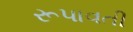
રૂપાવતી